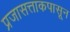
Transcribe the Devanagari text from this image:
प्रजासत्ताकपासून